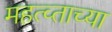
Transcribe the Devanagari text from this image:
महत्व्ताच्या